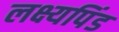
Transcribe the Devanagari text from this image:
लक्ष्यपिंड